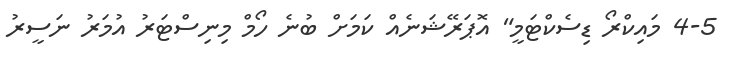
4-5 މައިކްރޯ ޑިސެކްޓަމީ" އޮޕަރޭޝަނެއް ކަމަށް ބުނެ ހޯމް މިނިސްޓަރު އުމަރު ނަސީރު